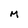
Character: M